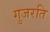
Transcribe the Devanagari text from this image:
गुजरति